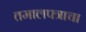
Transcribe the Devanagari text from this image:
तमालपत्राचा